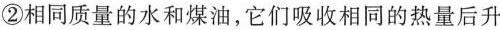
②相同质量的水和煤油，它们吸收相同的热量后升